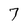
Character: 7